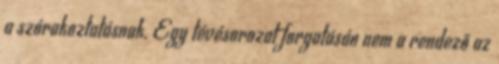
a szórakoztatásnak. Egy tévésorozat forgatásán nem a rendező az